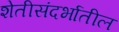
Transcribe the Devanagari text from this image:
शेतीसंदर्भातील